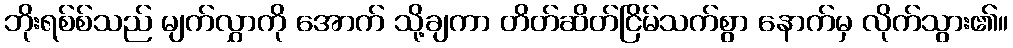
ဘိုးရစ်စ်သည် မျက်လွှာကို အောက် သို့ချကာ တိတ်ဆိတ်ငြိမ်သက်စွာ နောက်မှ လိုက်သွား၏။